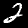
Label: 2